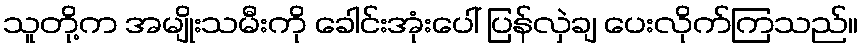
သူတို့က အမျိုးသမီးကို ခေါင်းအုံးပေါ် ပြန်လှဲချ ပေးလိုက်ကြသည်။